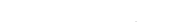
٢٤